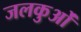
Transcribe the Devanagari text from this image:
जलकुओं